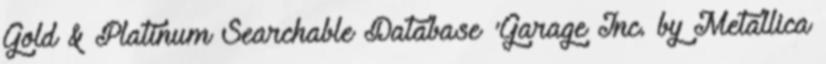
Gold & Platinum Searchable Database 'Garage Inc. by Metallica